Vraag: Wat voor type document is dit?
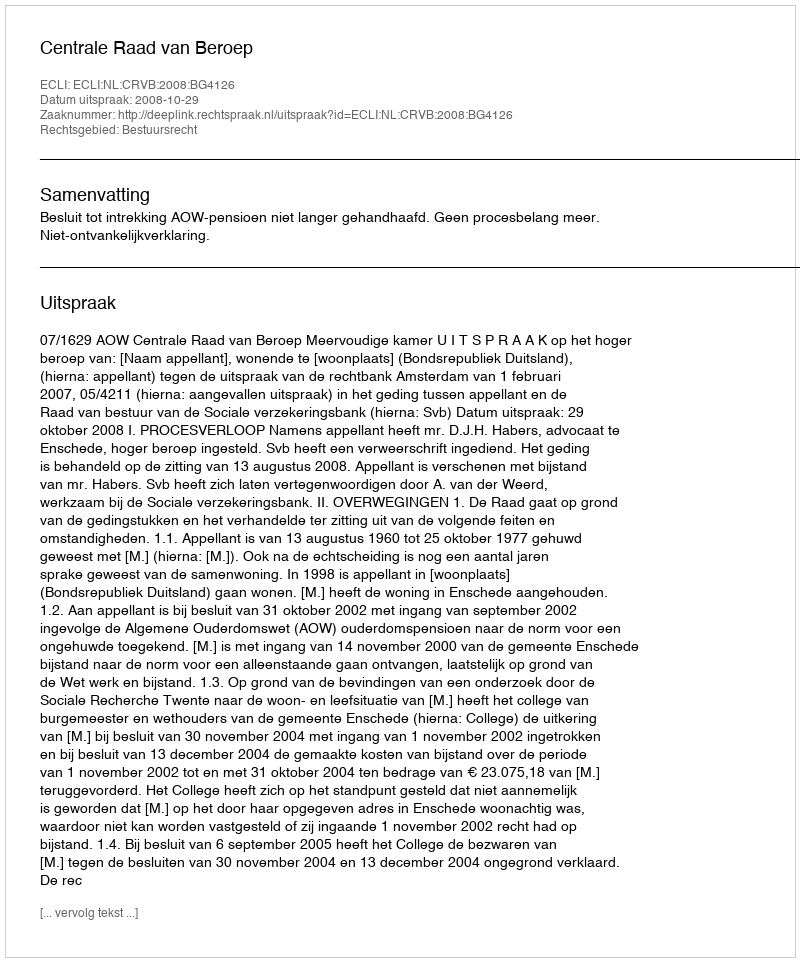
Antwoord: Uitspraak